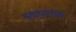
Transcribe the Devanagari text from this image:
स्‍वयंतक